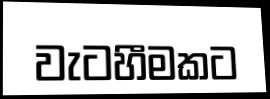
වැටහීමකට